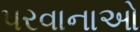
પરવાનાઓ